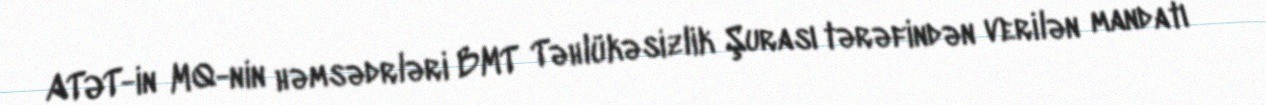
ATƏT-in MQ-nin həmsədrləri BMT Təhlükəsizlik Şurası tərəfindən verilən mandatı